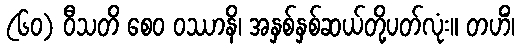
(၆၀) ဝီသတိ စေဝ ဝဿာနိ၊ အနှစ်နှစ်ဆယ်တို့ပတ်လုံး။ တဟိံ၊